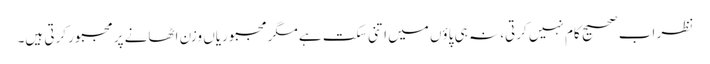
نظر اب صحیح کام نہیں کرتی، نہ ہی پاؤں میں اتنی سکت ہے مگر مجبوریاں وزن اٹھانے پر مجبور کرتی ہیں۔